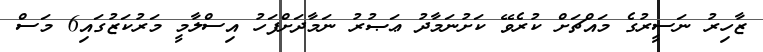
ޒާހިރު ނަސީރުގެ މައްޗަށް ކުރެވޭ ކަށުނަމާދު ޢަޞުރު ނަމާދަށްފަހު އިސްލާމީ މަރުކަޒުގައި6 މަސް